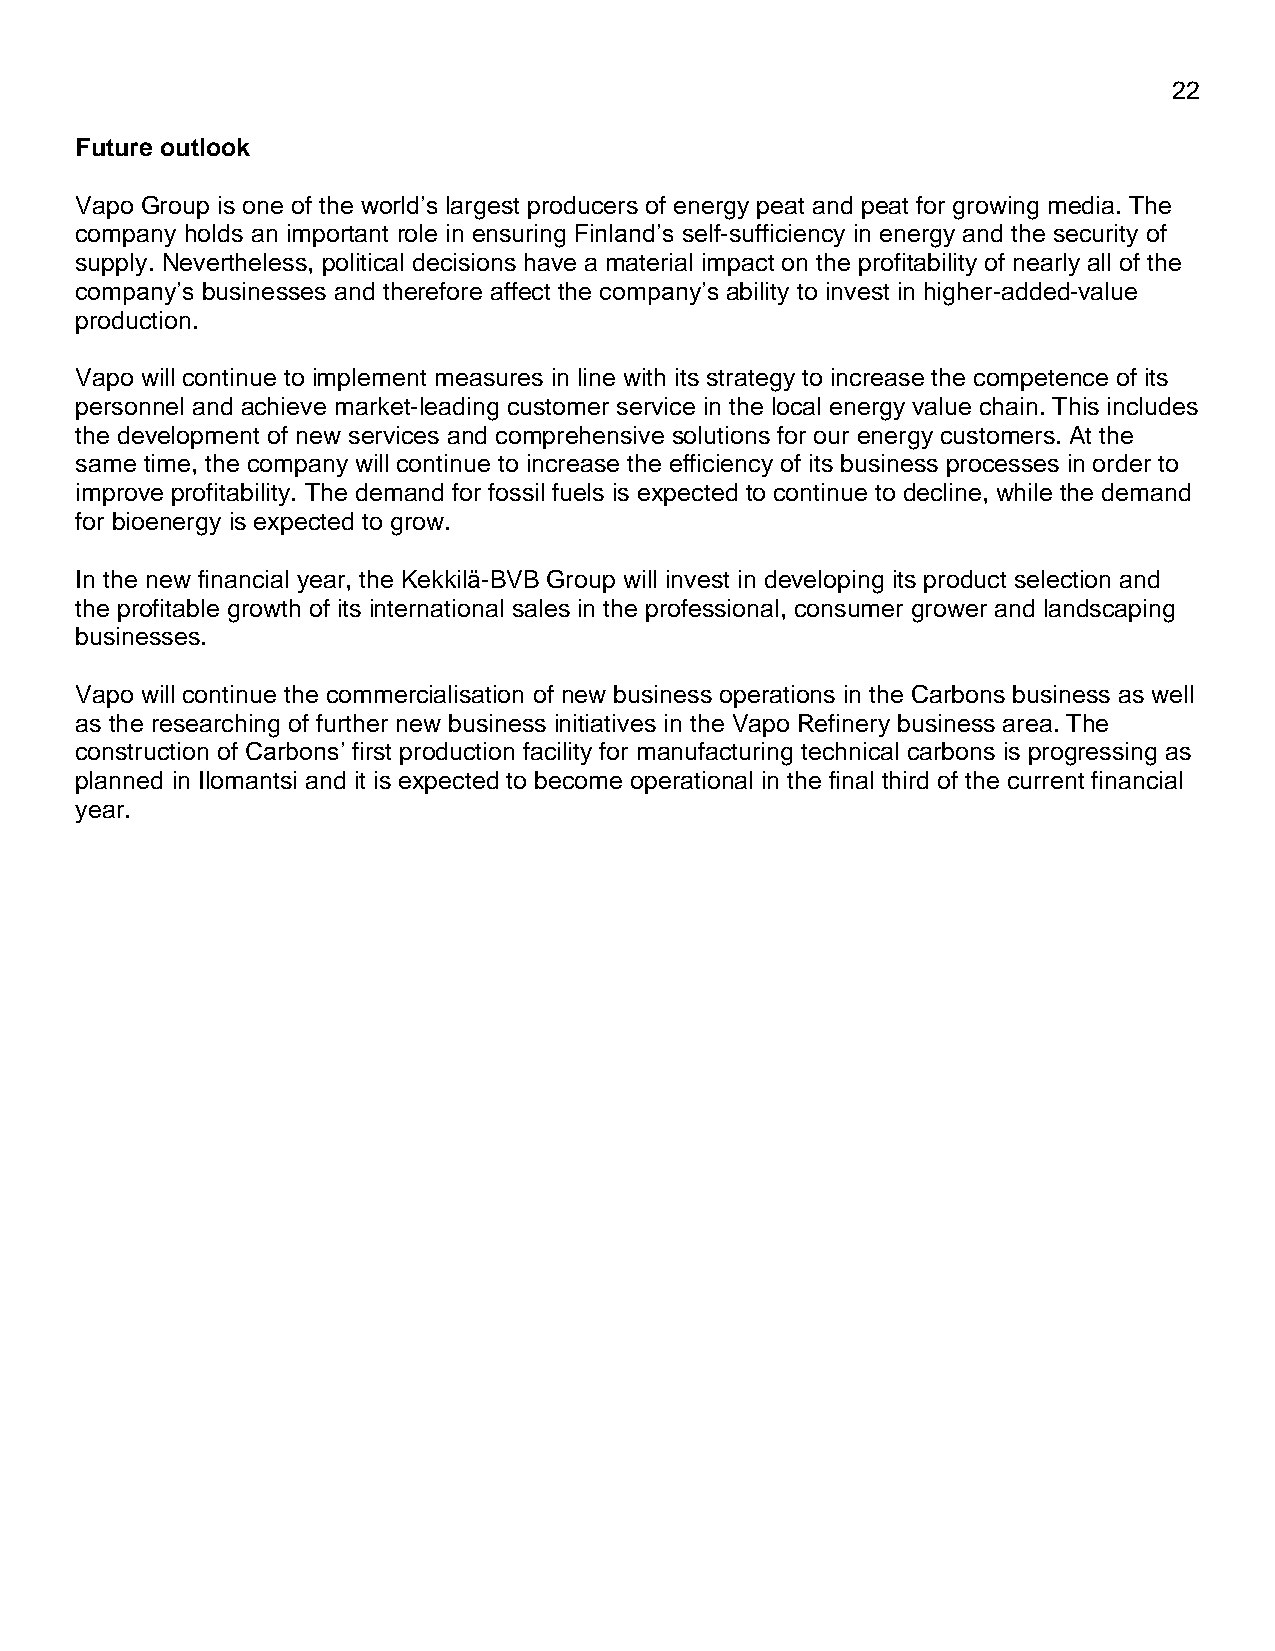
22
 Future outlook
 Vapo Group is one of the world’s largest producers of energy peat and peat for growing media. The
 company holds an important role in ensuring Finland’s self-sufficiency in energy and the security of
 supply. Nevertheless, political decisions have a material impact on the profitability of nearly all of the
 company’s businesses and therefore affect the company’s ability to invest in higher-added-value
 production.
 Vapo will continue to implement measures in line with its strategy to increase the competence of its
 personnel and achieve market-leading customer service in the local energy value chain. This includes
 the development of new services and comprehensive solutions for our energy customers. At the
 same time, the company will continue to increase the efficiency of its business processes in order to
 improve profitability. The demand for fossil fuels is expected to continue to decline, while the demand
 for bioenergy is expected to grow.
 In the new financial year, the Kekkilä-BVB Group will invest in developing its product selection and
 the profitable growth of its international sales in the professional, consumer grower and landscaping
 businesses.
 Vapo will continue the commercialisation of new business operations in the Carbons business as well
 as the researching of further new business initiatives in the Vapo Refinery business area. The
 construction of Carbons’ first production facility for manufacturing technical carbons is progressing as
 planned in Ilomantsi and it is expected to become operational in the final third of the current financial
 year.